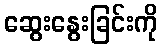
ဆွေးနွေးခြင်းကို